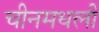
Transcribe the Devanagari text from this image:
चीनमधली